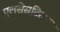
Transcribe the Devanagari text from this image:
एलसेसटिस